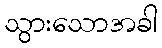
သွားသောအခါ